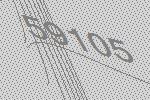
59105